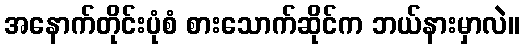
အနောက်တိုင်းပုံစံ စားသောက်ဆိုင်က ဘယ်နားမှာလဲ။